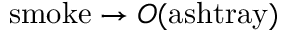
\mathrm { s m o k e } \rightarrow O ( \mathrm { a s h t r a y } )